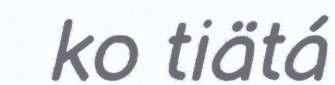
ko tiätá